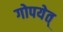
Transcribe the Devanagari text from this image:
गोपयेत्